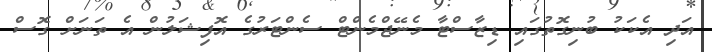
އަދި އެކަކު ބުނިގޮތުގައި ޑިޒާސްޓާ މެނޭޖްމެންޓް ސެންޓަރުގެ އޮފިޝަލުން އެ ތަނަށް ގޮސް